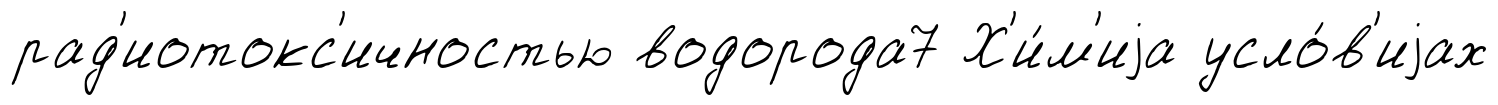
рад'иотокс'ичностью водорода7 Х'и́м'иjа усло́в'иjах